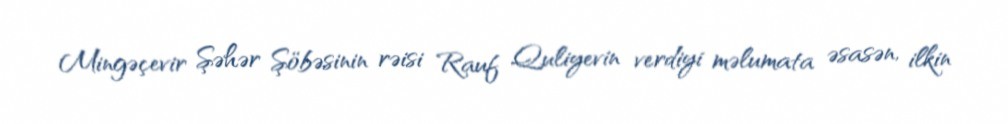
Mingəçevir Şəhər Şöbəsinin rəisi Rauf Quliyevin verdiyi məlumata əsasən, ilkin